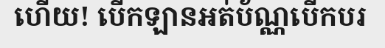
ហើយ! បើកឡានអត់ប័ណ្ណបើកបរ